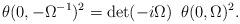
LaTeX: \begin{align*}\theta (0, -\Omega^{-1})^2 = \det (-i\Omega)\,\,\, \theta(0,\Omega)^2.\end{align*}